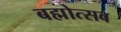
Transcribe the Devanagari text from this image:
बह्मोत्‍सव